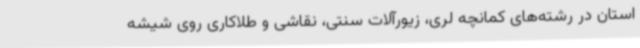
استان در رشته‌های کمانچه لری، زیورآلات سنتی، نقاشی و طلاکاری روی شیشه